Civil Veterinary Department. United Provinces 1932-42 - 1932-1942
Year: 1932
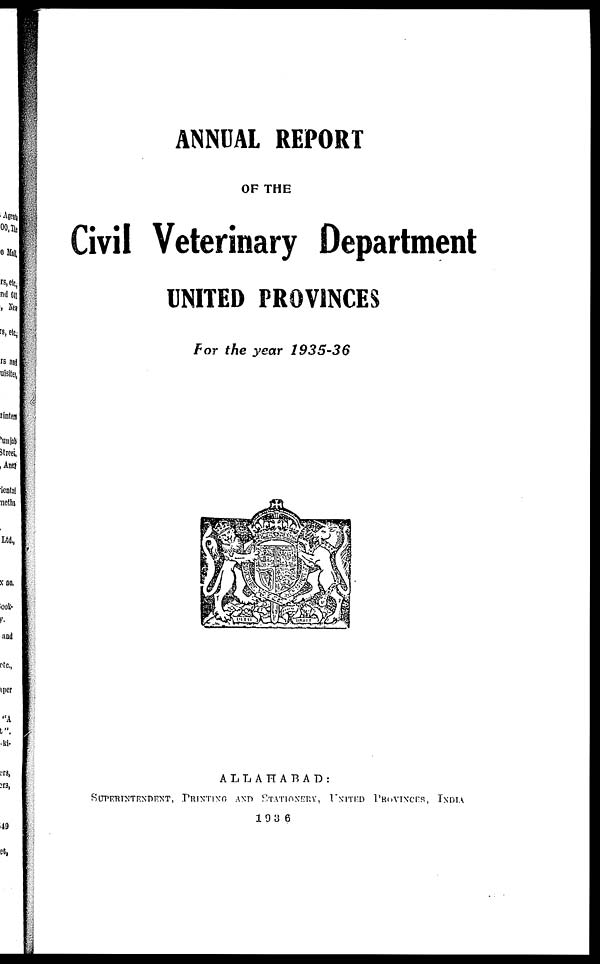
ANNUAL REPORT
OF THE
Civil Veterinary Department
UNITED PROVINCES
For the year 1935-36
ALLAHABAD:
SUPERTNTENDENT, PRINTING AND STATIONERY, UNITED PROVINCES, INDIA
1936